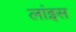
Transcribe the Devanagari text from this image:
लांइस